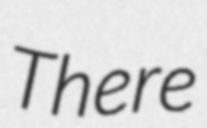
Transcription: There